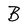
Character: B